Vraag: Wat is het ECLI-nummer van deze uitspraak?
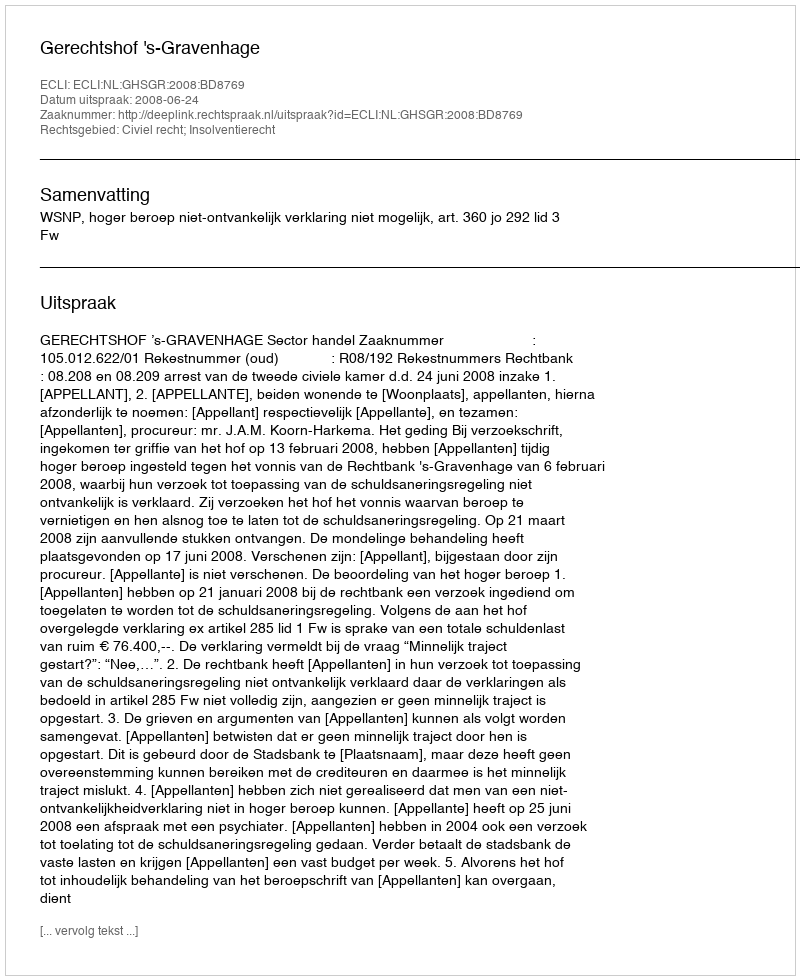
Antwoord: ECLI:NL:GHSGR:2008:BD8769